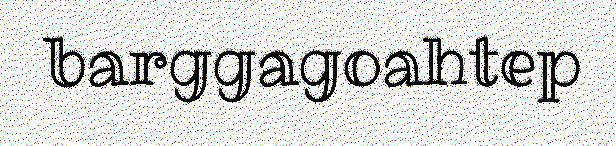
barggagoahtep